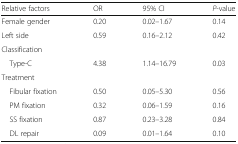
<table><thead><tr><td><b>Relative factors</b></td><td><b>OR</b></td><td><b>95% CI</b></td><td><b><i>P</i>-value</b></td></tr></thead><tbody><tr><td>Female gender</td><td>0.20</td><td>0.02–1.67</td><td>0.14</td></tr><tr><td>Left side</td><td>0.59</td><td>0.16–2.12</td><td>0.42</td></tr><tr><td colspan="4">Classification</td></tr><tr><td> Type-C</td><td>4.38</td><td>1.14–16.79</td><td>0.03</td></tr><tr><td colspan="4">Treatment</td></tr><tr><td> Fibular fixation</td><td>0.50</td><td>0.05–5.30</td><td>0.56</td></tr><tr><td> PM fixation</td><td>0.32</td><td>0.06–1.59</td><td>0.16</td></tr><tr><td> SS fixation</td><td>0.87</td><td>0.23–3.28</td><td>0.84</td></tr><tr><td> DL repair</td><td>0.09</td><td>0.01–1.64</td><td>0.10</td></tr></tbody></table>